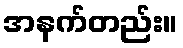
အနက်တည်း။